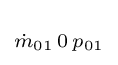
\scriptstyle {\dot {m}}_{01}\,0\,p_{01}